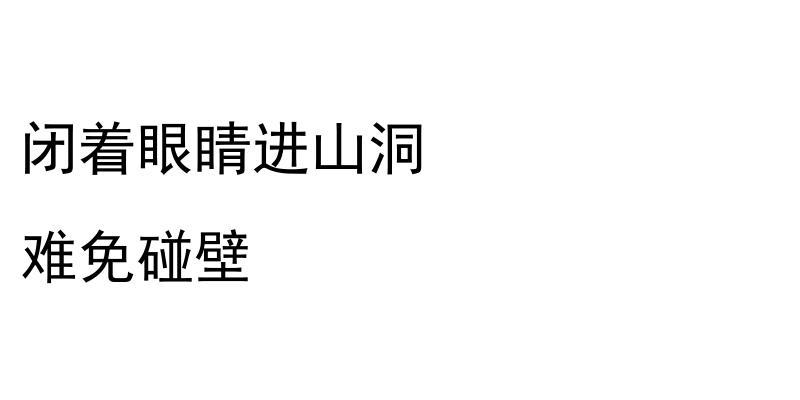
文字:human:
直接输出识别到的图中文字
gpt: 闭着眼睛进山洞 难免碰壁